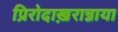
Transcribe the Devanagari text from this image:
प्रिरोदाख़रान्नाया